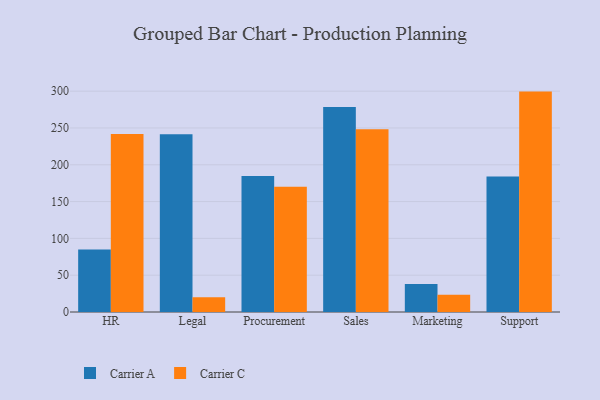
{"axis": {"x": "Department", "y": "Market Share (%)"}, "legend": ["Carrier A", "Carrier C"], "data": [{"x": "HR", "y": 84.9, "type": "Carrier A"}, {"x": "HR", "y": 241.9, "type": "Carrier C"}, {"x": "Legal", "y": 241.4, "type": "Carrier A"}, {"x": "Legal", "y": 20.0, "type": "Carrier C"}, {"x": "Procurement", "y": 184.9, "type": "Carrier A"}, {"x": "Procurement", "y": 170.3, "type": "Carrier C"}, {"x": "Sales", "y": 278.5, "type": "Carrier A"}, {"x": "Sales", "y": 248.1, "type": "Carrier C"}, {"x": "Marketing", "y": 37.9, "type": "Carrier A"}, {"x": "Marketing", "y": 23.5, "type": "Carrier C"}, {"x": "Support", "y": 184.2, "type": "Carrier A"}, {"x": "Support", "y": 299.4, "type": "Carrier C"}]}